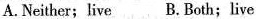
A.Neither;live B.Both;live